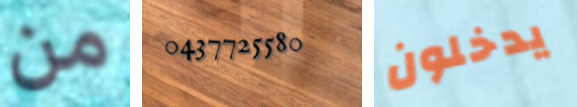
من 0437725580 يدخلون